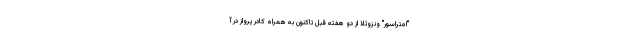
"امتراسور" ونزوئلا از دو هفته قبل تاکنون به همراه کادر پرواز در آ